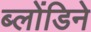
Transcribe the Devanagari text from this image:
ब्लोंडिने